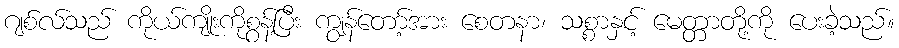
ဂျစ်လ်သည် ကိုယ်ကျိုးကိုစွန့်ပြီး ကျွန်တော့်အား စေတနာ၊ သစ္စာနှင့် မေတ္တာတို့ကို ပေးခဲ့သည်။